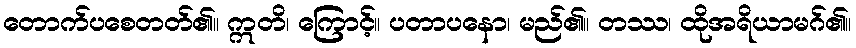
တောက်ပစေတတ်၏။ ဣတိ၊ ကြောင့်။ ပတာပနော၊ မည်၏။ တဿ၊ ထိုအရိယာမဂ်၏။